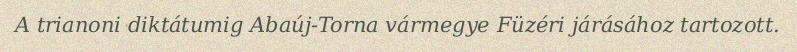
A trianoni diktátumig Abaúj-Torna vármegye Füzéri járásához tartozott.